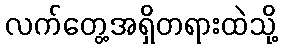
လက်တွေ့အရှိတရားထဲသို့